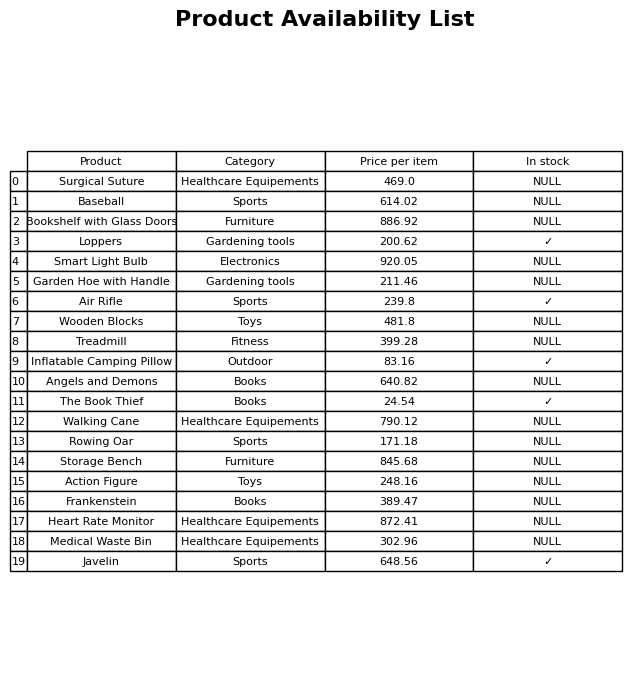
question: What category does the Walking Cane belong to?
answer: Healthcare Equipements